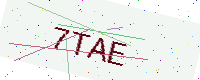
Text: 7TAE